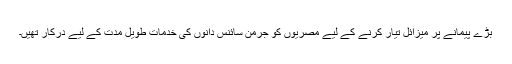
بڑے پیمانے پر میزائل تیار کرنے کے لیے مصریوں کو جرمن سائنس دانوں کی خدمات طویل مدت کے لیے درکار تھیں۔